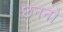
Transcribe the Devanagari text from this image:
छननों